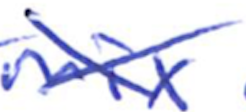
Text: mix
Cross-out: cross
Writing tool: ballpoint